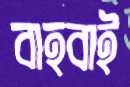
বাহবাই